画像に写った文字を読んでください
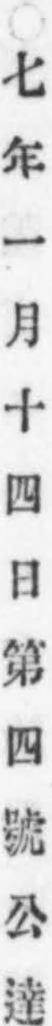
「○七年一月十四日第四號公達」と書いてあります